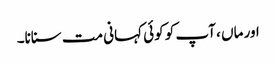
اور ماں ، آپ کو کوئی کہانی مت سنانا۔